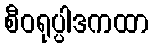
စီဝရုပ္ပါဒကထာ